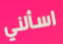
اسألني